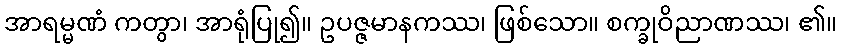
အာရမ္မဏံ ကတွာ၊ အာရုံပြု၍။ ဥပဇ္ဇမာနကဿ၊ ဖြစ်သော။ စက္ခုဝိညာဏဿ၊ ၏။